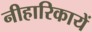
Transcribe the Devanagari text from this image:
नीहारिकायें